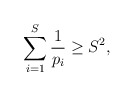
\begin{align*}\sum_{i = 1}^S \frac{1}{p_i} \geq S^2,\end{align*}